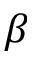
\beta